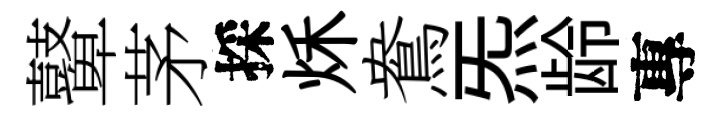
鼙茅採秌鴦炁龄專